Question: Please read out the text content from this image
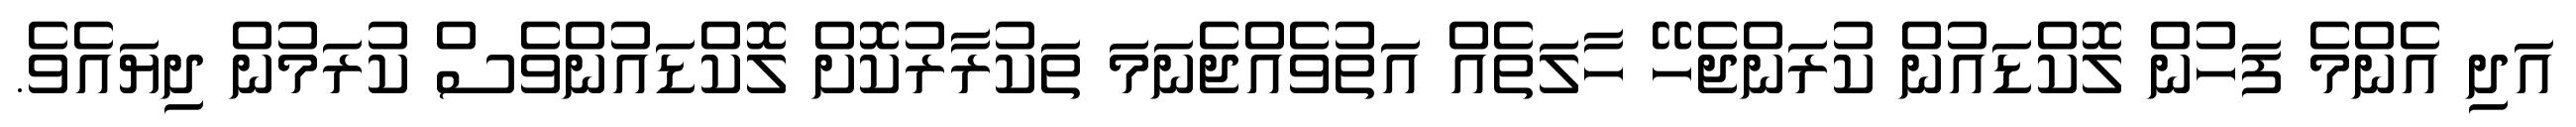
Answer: އަދި އެންމެ ފަހުން ލޮކްޑައުން ކުރަންޖެހޭ ހާލަތެއް އަތުވެއްޖެނަމަ ތަކުރާރުކޮށް ލޮކްޑައުންވެސް ކުރަމުން ދިޔައެވެ.